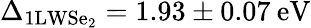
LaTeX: \Delta_{\mathrm{1LWSe_{2}}}=1.93\pm 0.07\: \mathrm{eV}